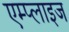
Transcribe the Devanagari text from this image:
एम्प्लाइज